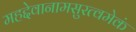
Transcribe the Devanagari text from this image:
महद्देवानामसुरत्वमेकं